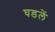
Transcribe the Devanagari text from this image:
घडलें